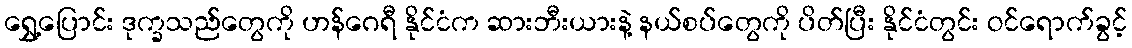
ရွှေ့ပြောင်း ဒုက္ခသည်တွေကို ဟန်ဂေရီ နိုင်ငံက ဆားဘီးယားနဲ့ နယ်စပ်တွေကို ပိတ်ပြီး နိုင်ငံတွင်း ဝင်ရောက်ခွင့်